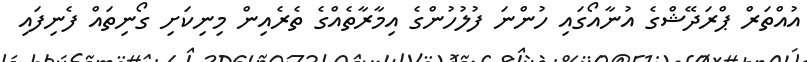
އުއްްތަރް ޕްރަދޭޝްގެ އުނާއޯގައި ހުންނަ ފުލުހުންގެ އިމާރާތެއްގެ ތެރެއިން މިނިކަށި ގޯނިތައް ފެނިފައި